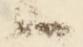
候